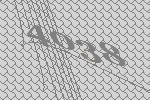
4038